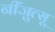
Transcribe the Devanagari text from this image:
नींजुत्सू